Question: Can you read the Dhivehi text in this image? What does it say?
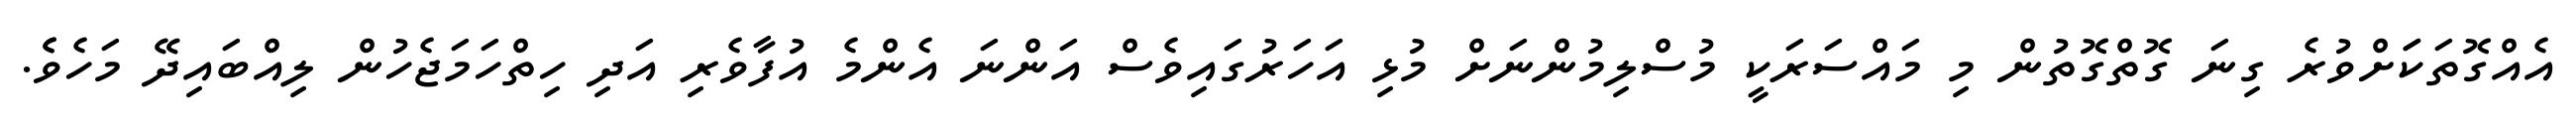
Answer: އެއްގޮތަކަަށްވުރެ ގިނަ ގޮތްގޮތުން މި މައްސަރަކީ މުސްލިމުންނަށް މުޅި އަހަރުގައިވެސް އަންނަ އެންމެ އުފާވެރި އަދި ހިތްހަމަޖެހުން ލިއްބައިދޭ މަހެވެެ.